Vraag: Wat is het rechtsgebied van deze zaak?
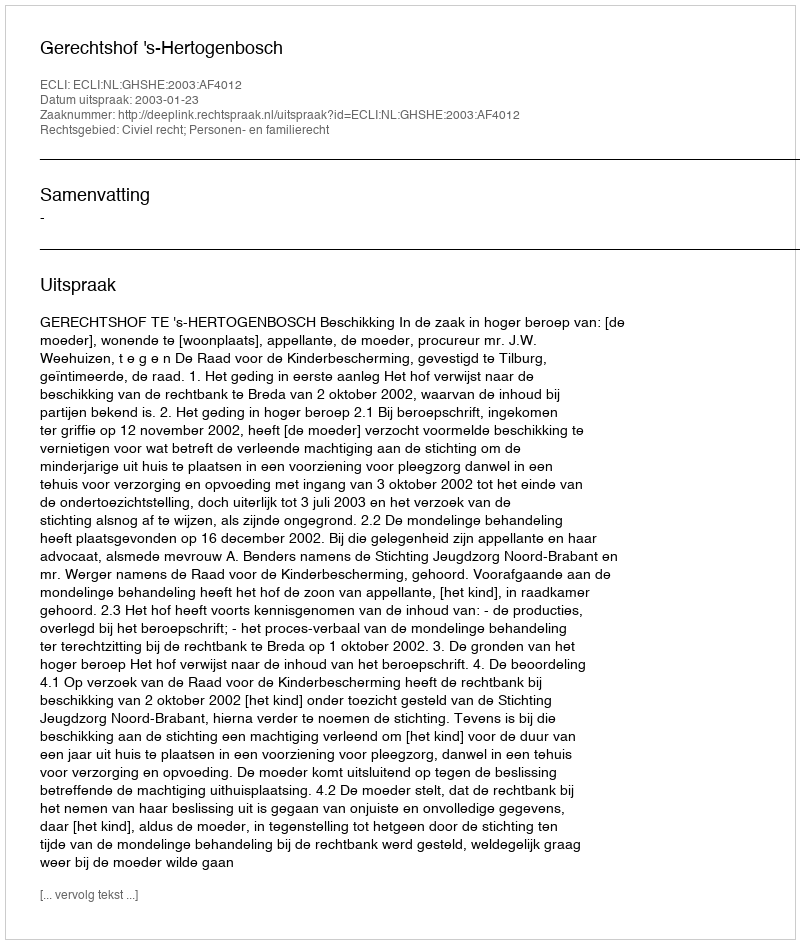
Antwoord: Civiel recht; Personen- en familierecht